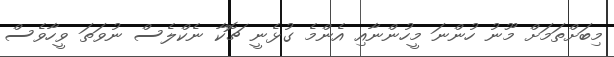
މިބަށްތަމަށް މޫނު ހުންނަ މީހުންނާއި އެންމެ ގުޅެނީ ޗޮކާ ނެކްލެސް ނުވަތަ ވީހާވެސް